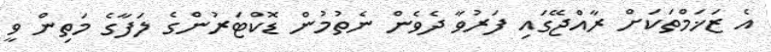
އެ ޒަޚަމްތަކަށް ރާއްޖޭގައި ފަރުވާ ދެވެން ނެތުމުން ޑޮކްޓަރުންގެ ލަފާގެ މަތިން ވީ